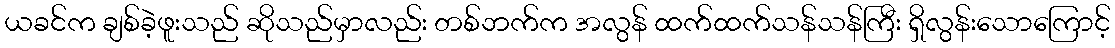
ယခင်က ချစ်ခဲ့ဖူးသည် ဆိုသည်မှာလည်း တစ်ဘက်က အလွန် ထက်ထက်သန်သန်ကြီး ရှိလွန်းသောကြောင့်